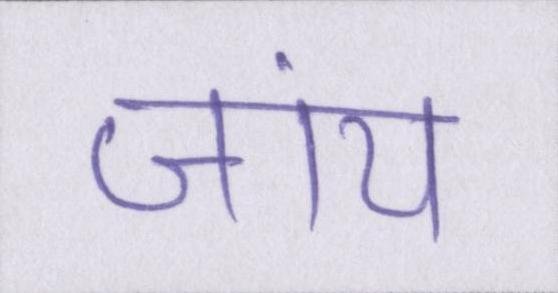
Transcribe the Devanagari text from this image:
जांय